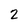
Character: 2